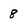
Character: 8